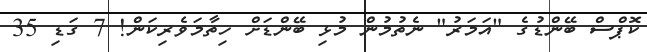
ކޮޕްސް ބޭންޑުގެ "އަމަރު" ނެތުމުން މުޅި ބޭންޑަށް ހިތާމަވެރިކަން! 7 ގަޑި 35